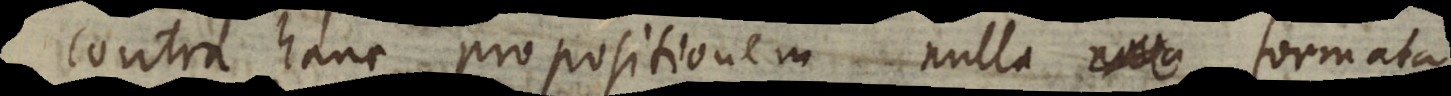
Contra hanc propositionem nulla formata